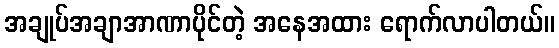
အချုပ်အချာအာဏာပိုင်တဲ့ အနေအထား ရောက်လာပါတယ်။